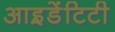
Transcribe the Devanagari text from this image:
आइ़डेंटिटी